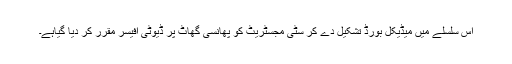
اس سلسلے میں میڈیکل بورڈ تشکیل دے کر سٹی مجسٹریٹ کو پھانسی گھاٹ پر ڈیوٹی آفیسر مقرر کر دیا گیاہے۔